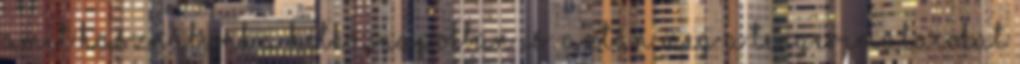
amit használunk a hétköznapokban is: Aztán meg a tengerimalacokat